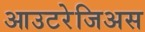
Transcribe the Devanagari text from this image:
आउटरेजिअस